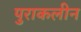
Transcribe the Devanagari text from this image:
पुराकलीन